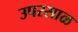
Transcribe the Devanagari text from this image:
उपरसाळ